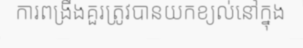
ការពង្រឹងគួរត្រូវបានយកខ្យល់នៅក្នុង